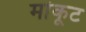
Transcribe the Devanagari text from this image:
मांकूट